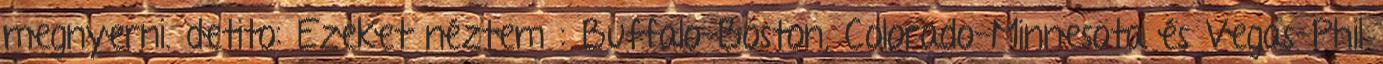
megnyerni. detito: Ezeket néztem : Buffalo-Boston, Colorado-Minnesota és Vegas-Phil